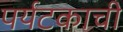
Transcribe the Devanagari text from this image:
पर्यटकाची